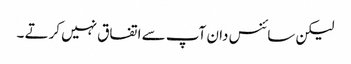
لیکن سائنس دان آپ سے اتفاق نہیں کرتے ۔